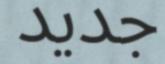
جديد